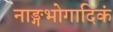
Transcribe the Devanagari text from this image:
नाङ्गभोगादिकं